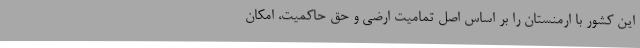
این کشور با ارمنستان را بر اساس اصل تمامیت ارضی و حق حاکمیت، امکان